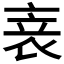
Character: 𬡏